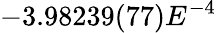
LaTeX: -3.98239(77)E^{-4}